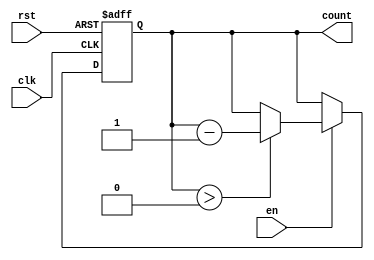
module decremental_counter #(
    parameter MAX_COUNT = 15,  // Maximum count value (0 to MAX_COUNT)
    parameter WIDTH = 4         // Bit width of the counter, calculated based on MAX_COUNT
)(
    input wire clk,             // Clock input
    input wire rst,             // Reset input (active high)
    input wire en,              // Enable input (active high)
    output reg [WIDTH-1:0] count // Counter output
);

// Asynchronous reset and decrement logic
always @(posedge clk or posedge rst) begin
    if (rst) begin
        count <= MAX_COUNT;      // Reset to max count value
    end else if (en) begin
        if (count > 0) begin
            count <= count - 1;  // Decrement the counter
        end
        // If the count is already 0, it will hold that value
    end
end

endmodule